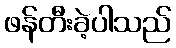
ဖန်တီးခဲ့ပါသည်